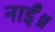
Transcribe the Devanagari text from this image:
नाईं॥